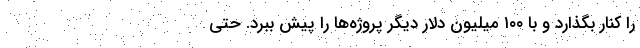
را کنار بگذارد و با ۱۰۰ میلیون دلار دیگر پروژه‌ها را پیش ببرد. حتی